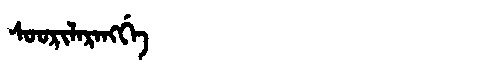
Manchu: ᠰᠣᠣᡵᡳᠯᠠᡵᠠᠩᡤᡝ
Romanization: SOORILARANGGE